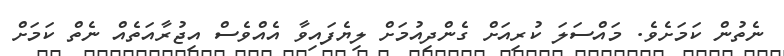
ނެތުން ކަމަށެވެ. މައްސަލަ ކުރިއަށް ގެންދިއުމަށް ލިޔެފައިވާ އެއްވެސް އިޖުރާއަތެއް ނެތް ކަަމަށް